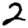
Digit: 2